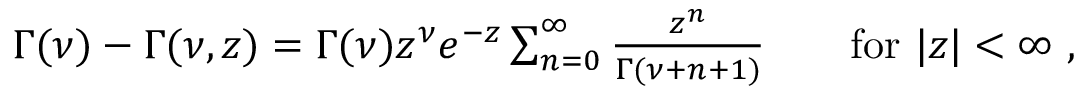
\begin{array} { r } { \Gamma ( \nu ) - \Gamma ( \nu , z ) = \Gamma ( \nu ) z ^ { \nu } e ^ { - z } \sum _ { n = 0 } ^ { \infty } \frac { z ^ { n } } { \Gamma ( \nu + n + 1 ) } \qquad \mathrm { f o r } \ | z | < \infty \ , } \end{array}